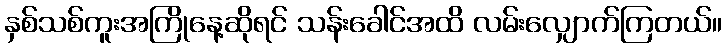
နှစ်သစ်ကူးအကြိုနေ့ဆိုရင် သန်းခေါင်အထိ လမ်းလျှောက်ကြတယ်။